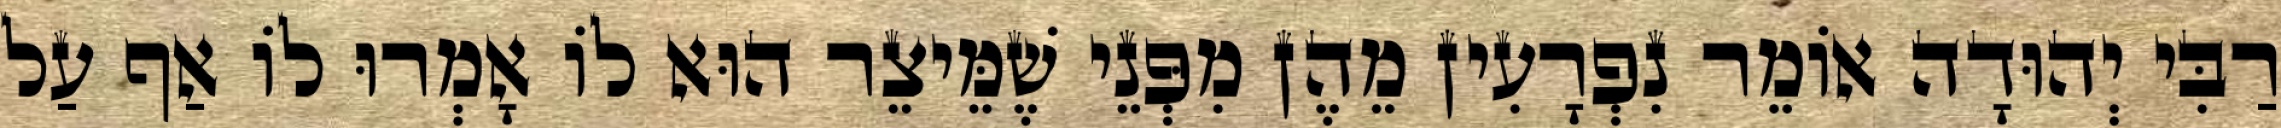
רַבִּי יְהוּדָה אוֹמֵר נִפְרָעִין מֵהֶן מִפְּנֵי שֶׁמֵּיצֵר הוּא לוֹ אָמְרוּ לוֹ אַף עַל